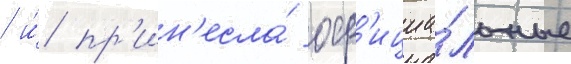
/ и́ пр'ин'есла́ оф'ициа́льные